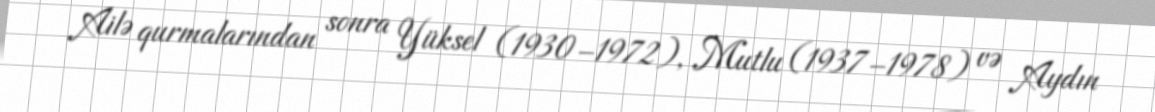
Ailə qurmalarından sonra Yüksel (1930–1972), Mutlu (1937–1978) və Aydın